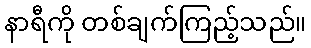
နာရီကို တစ်ချက်ကြည့်သည်။